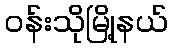
ဝန်းသိုမြို့နယ်